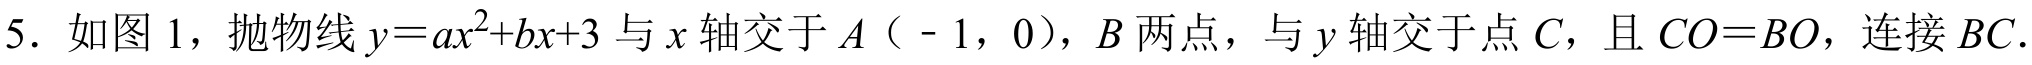
5. 如图1，抛物线\(y = ax^{2}+bx + 3\)与\(x\)轴交于\(A(-1,0)\)，\(B\)两点，与\(y\)轴交于点\(C\)，且\(CO = BO\)，连接\(BC\).